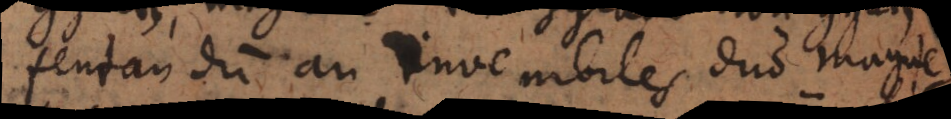
tentandum an invenibiles duo magne-